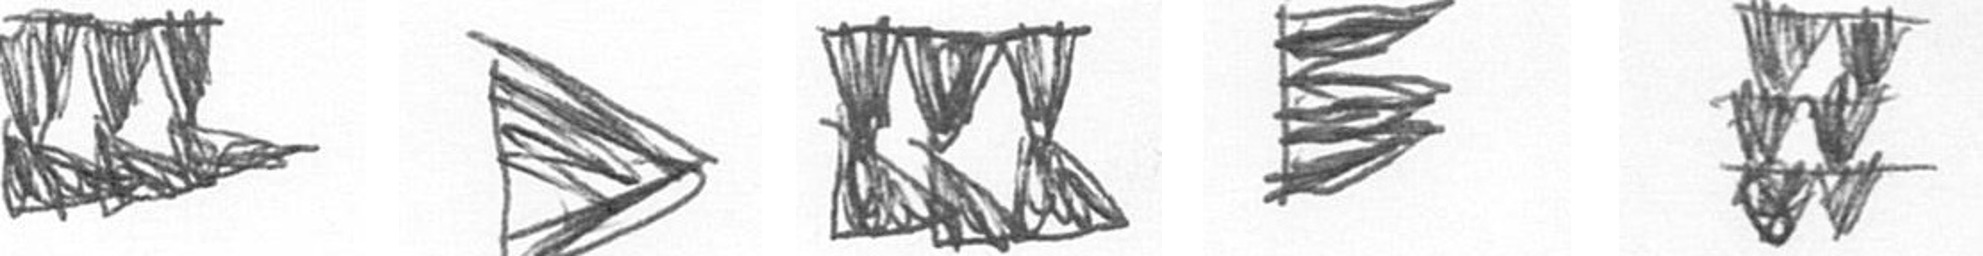
D T D H Y